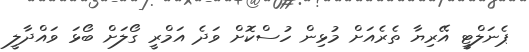
ޕެނަލްޓީ އޭރިޔާ ތެރެއަށް މުޅިން ހުސްކޮށް ވަދެ އަމްރީ ގޯލަށް ބޯޅަ ވައްދާލީ